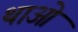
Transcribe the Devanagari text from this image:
थाओ